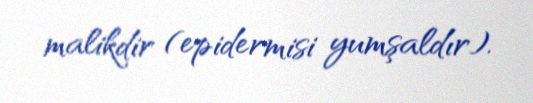
malikdir (epidermisi yumşaldır).